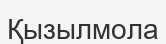
Қызылмола